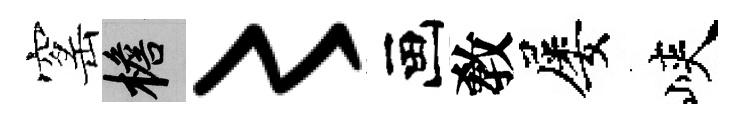
窰檐〻画敎屡峽